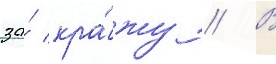
за́ кра́жу // В